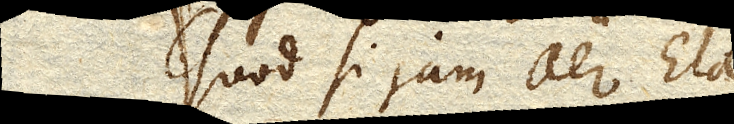
Quod si jam aer Ela–